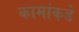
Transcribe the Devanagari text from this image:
कामांकडे